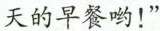
天的早餐哟！”